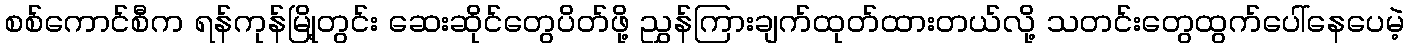
စစ်ကောင်စီက ရန်ကုန်မြို့တွင်း ဆေးဆိုင်တွေပိတ်ဖို့ ညွှန်ကြားချက်ထုတ်ထားတယ်လို့ သတင်းတွေထွက်ပေါ်နေပေမဲ့